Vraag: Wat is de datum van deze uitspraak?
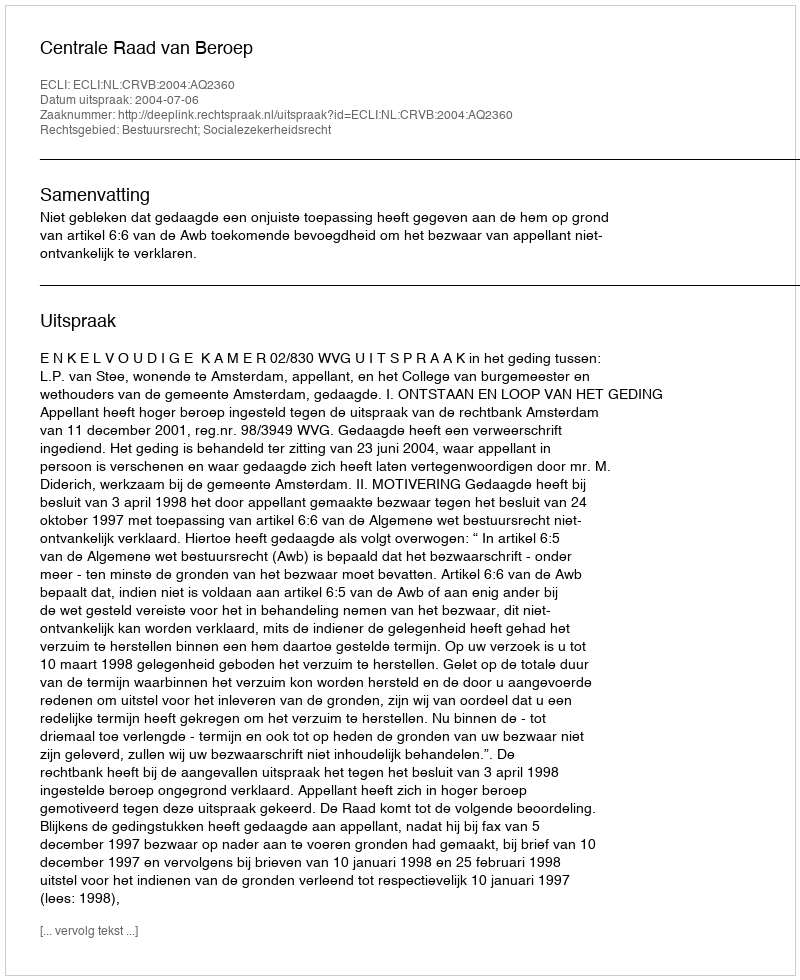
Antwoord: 2004-07-06